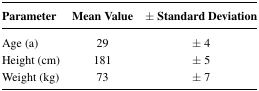
<table><thead><tr><td><b>Parameter</b></td><td><b>Mean Value</b></td><td><b>± Standard Deviation</b></td></tr></thead><tbody><tr><td>Age (a)</td><td>29</td><td>± 4</td></tr><tr><td>Height (cm)</td><td>181</td><td>± 5</td></tr><tr><td>Weight (kg)</td><td>73</td><td>± 7</td></tr></tbody></table>